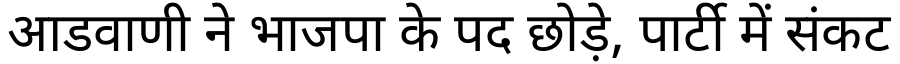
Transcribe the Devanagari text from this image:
आडवाणी ने भाजपा के पद छोड़े, पार्टी में संकट